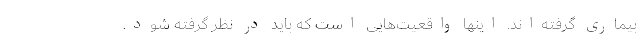
بیماری گرفته‌اند. اینها واقعیت‌هایی است که باید در نظر گرفته شود.